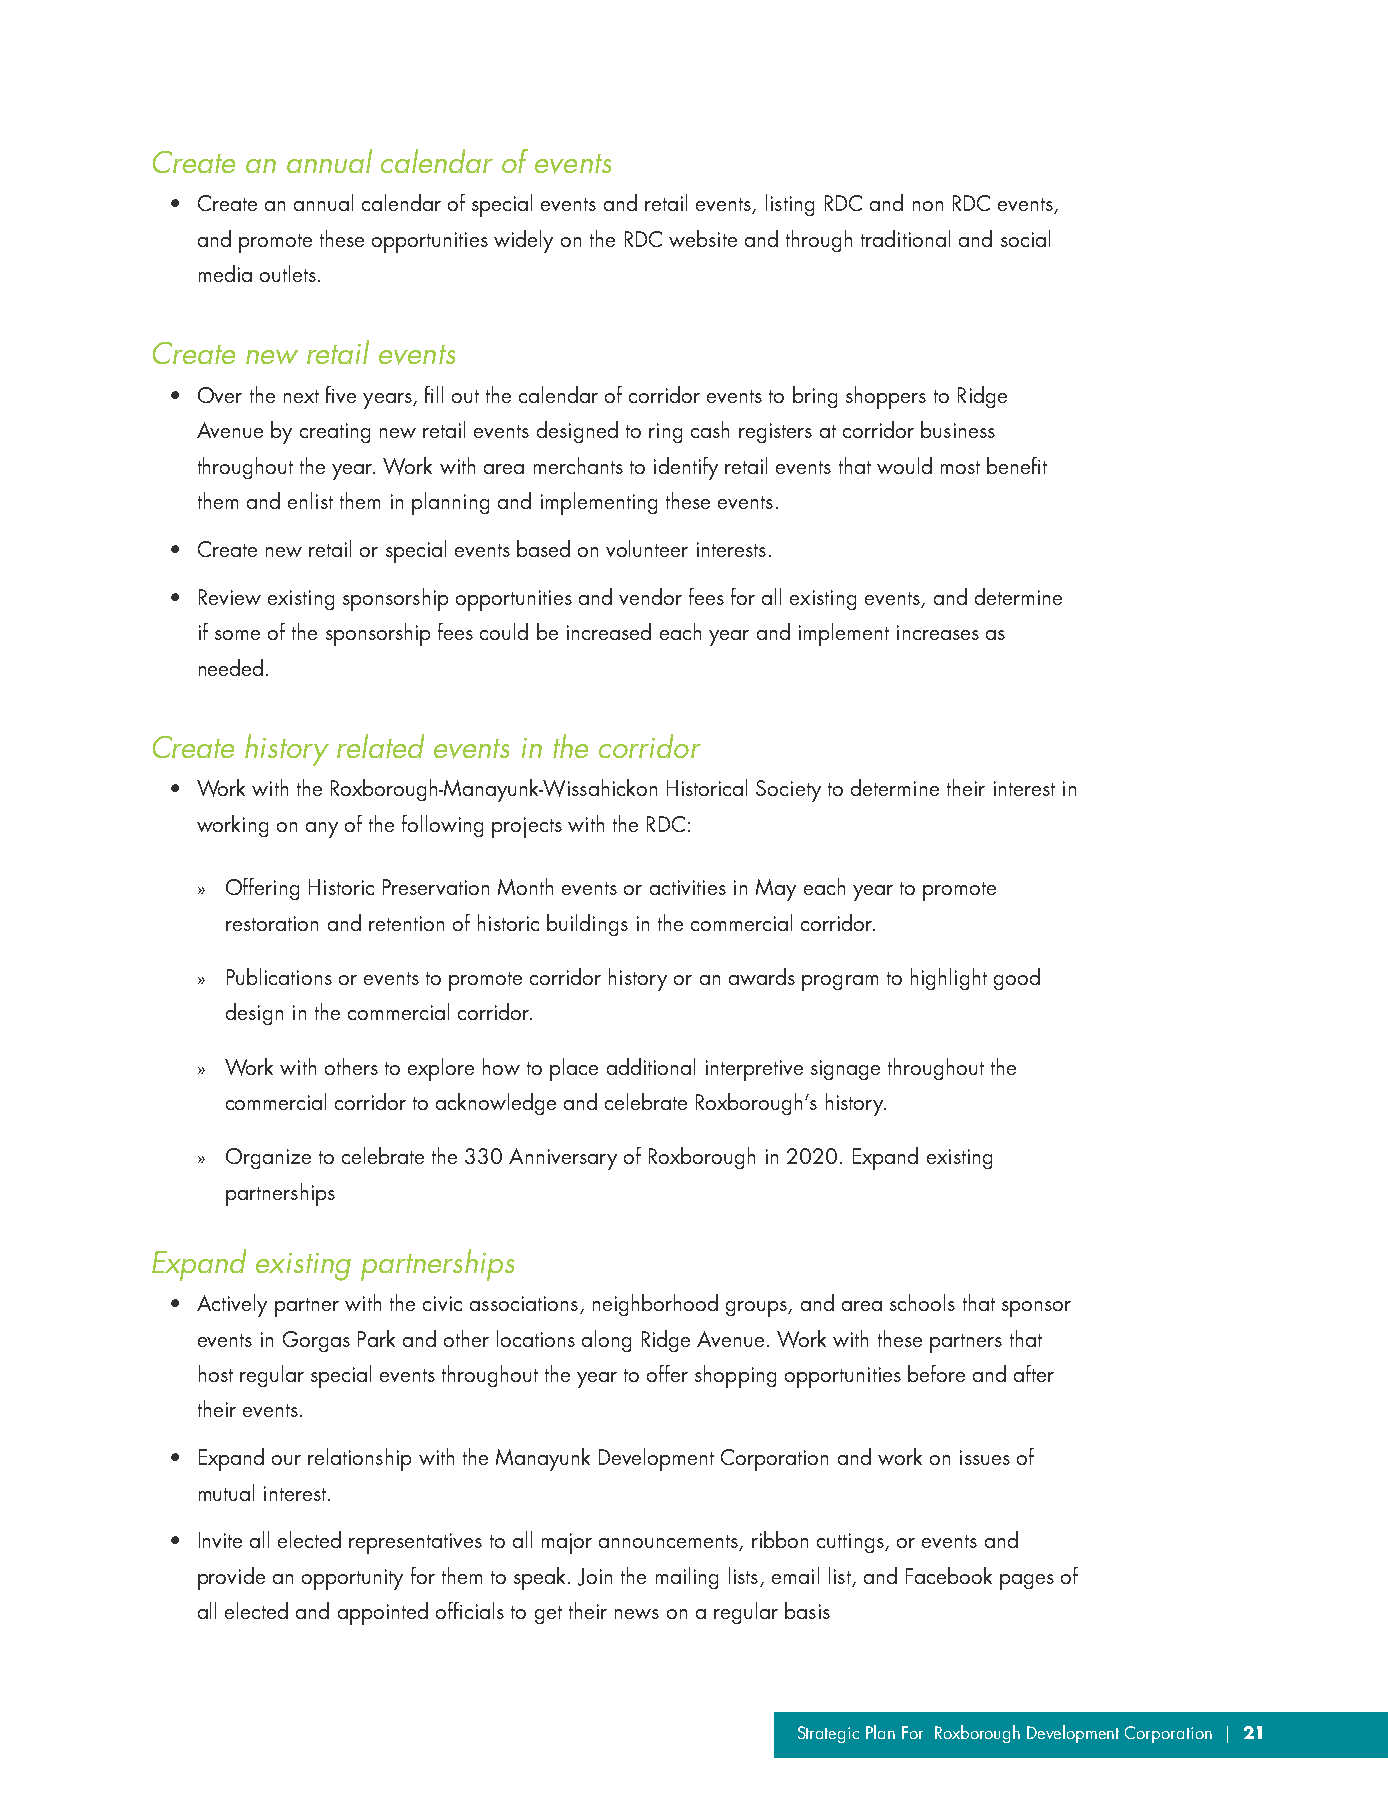
Create an annual calendar of events
 • Create an annual calendar of special events and retail events, listing RDC and non RDC events,
 and promote these opportunities widely on the RDC website and through traditional and social
 media outlets.
 Create new retail events
 • Over the next five years, fill out the calendar of corridor events to bring shoppers to Ridge
 Avenue by creating new retail events designed to ring cash registers at corridor business
 throughout the year. Work with area merchants to identify retail events that would most benefit
 them and enlist them in planning and implementing these events.
 • Create new retail or special events based on volunteer interests.
 • Review existing sponsorship opportunities and vendor fees for all existing events, and determine
 if some of the sponsorship fees could be increased each year and implement increases as
 needed.
 Create history related events in the corridor
 • Work with the Roxborough-Manayunk-Wissahickon Historical Society to determine their interest in
 working on any of the following projects with the RDC:
 » Offering Historic Preservation Month events or activities in May each year to promote
 restoration and retention of historic buildings in the commercial corridor.
 » Publications or events to promote corridor history or an awards program to highlight good
 design in the commercial corridor.
 » Work with others to explore how to place additional interpretive signage throughout the
 commercial corridor to acknowledge and celebrate Roxborough’s history.
 » Organize to celebrate the 330 Anniversary of Roxborough in 2020. Expand existing
 partnerships
 Expand existing partnerships
 • Actively partner with the civic associations, neighborhood groups, and area schools that sponsor
 events in Gorgas Park and other locations along Ridge Avenue. Work with these partners that
 host regular special events throughout the year to offer shopping opportunities before and after
 their events.
 • Expand our relationship with the Manayunk Development Corporation and work on issues of
 mutual interest.
 • Invite all elected representatives to all major announcements, ribbon cuttings, or events and
 provide an opportunity for them to speak. Join the mailing lists, email list, and Facebook pages of
 all elected and appointed officials to get their news on a regular basis
 Strategic Plan For Roxborough Development Corporation | 21